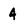
Character: 4